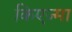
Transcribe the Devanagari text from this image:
किएज्मा